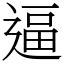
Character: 逼